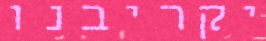
יקריבנו